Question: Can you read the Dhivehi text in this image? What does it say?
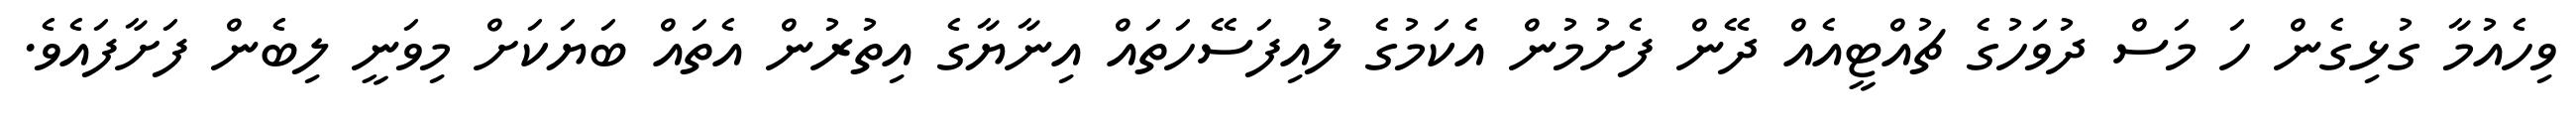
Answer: ވިހެއުމާ ގުޅިގެން ހަ މަސް ދުވަހުގެ ޗުއްޓީއެއް ދޭން ފެށުމުން އެކަމުގެ ލުއިފަސޭހަތައް އިނާޔާގެ އިތުރުން އެތައް ބަޔަކަށް މިވަނީ ލިބެން ފަށާފައެވެ.